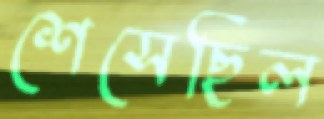
শেসেছিল